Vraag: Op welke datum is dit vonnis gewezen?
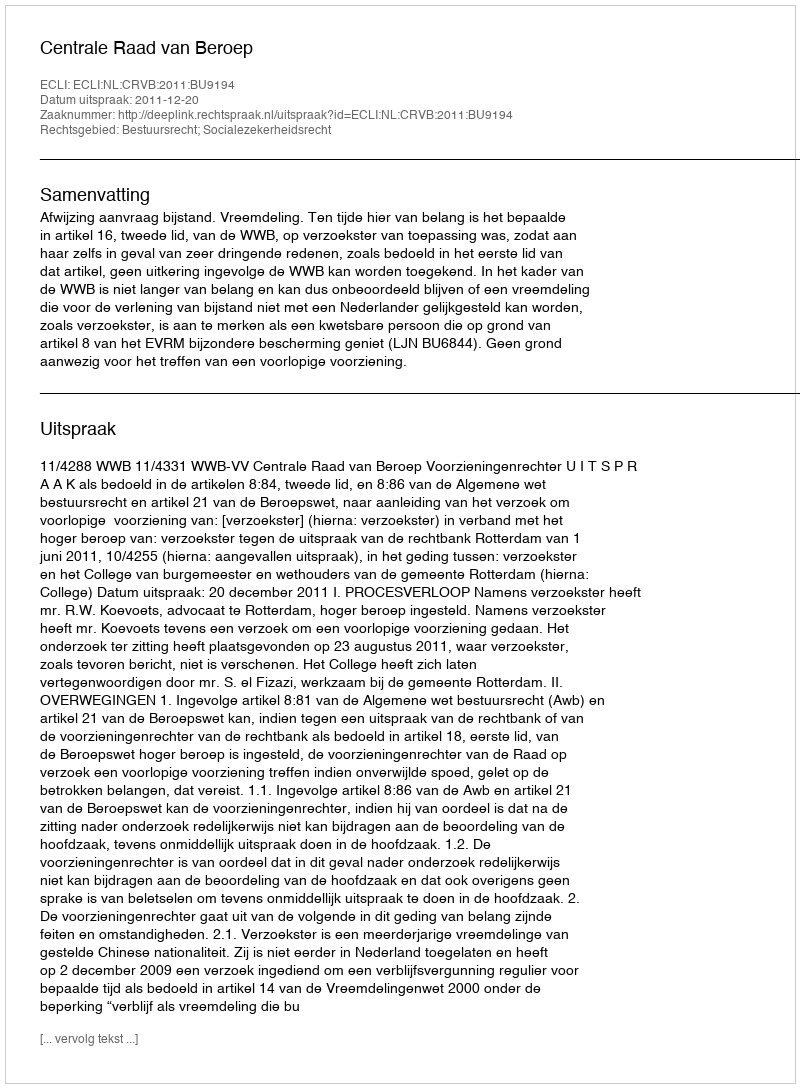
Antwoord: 2011-12-20